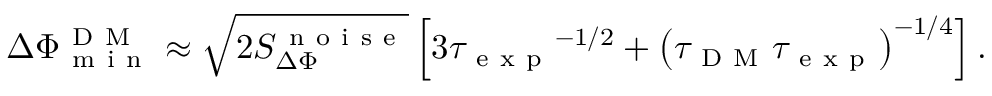
\Delta \Phi _ { \mathrm { ~ m ~ i ~ n ~ } } ^ { \mathrm { ~ D ~ M ~ } } \approx \sqrt { 2 S _ { \Delta \Phi } ^ { \mathrm { ~ n ~ o ~ i ~ s ~ e ~ } } } \left[ 3 { \tau _ { \mathrm { ~ e ~ x ~ p ~ } } } ^ { - 1 / 2 } + \left( \tau _ { \mathrm { ~ D ~ M ~ } } \tau _ { \mathrm { ~ e ~ x ~ p ~ } } \right) ^ { - 1 / 4 } \right] .